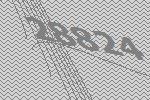
28824